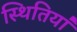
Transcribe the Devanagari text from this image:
स्थितिया॑